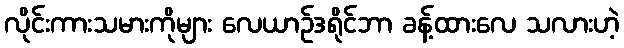
လိုင်းကားသမားကိုများ လေယာဉ်ဒရိုင်ဘာ ခန့်ထားလေ သလားဟဲ့